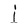
Character: i